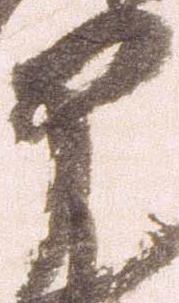
部